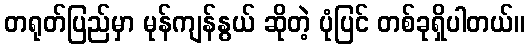
တရုတ်ပြည်မှာ မုန်ကျန်နွယ် ဆိုတဲ့ ပုံပြင် တစ်ခုရှိပါတယ်။